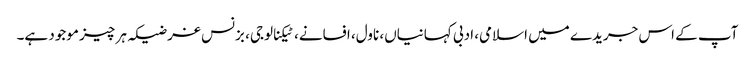
آپ کے اس جریدے میں اسلامی، ادبی کہانیاں، ناول، افسانے، ٹیکنالوجی، بزنس غرضیکہ ہر چیز موجود ہے۔